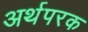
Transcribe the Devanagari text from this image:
अर्थपरक